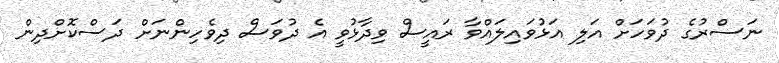
ނަސްރުގެ ދުވަހަށް އަލި އަޅުވައިލައްވާ ރައީސް ވިދާޅުވީ އެ ދުވަސް ދިވެހިންނަށް ދަސްކޮށްދިން